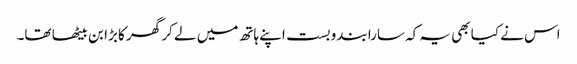
اس نے کیا بھی یہ کہ سارا بندوبست اپنے ہاتھ میں لے کر گھر کا بڑا بن بیٹھا تھا۔